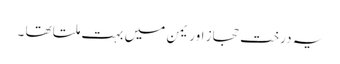
یہ درخت حجاز اور یمن میں بہت ملتا تھا ۔